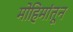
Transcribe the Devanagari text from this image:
मोहिमांतून